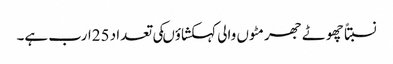
نسبتاً چھوٹے جھرمٹوں والی کہکشاؤںکی تعداد 25ارب ہے۔